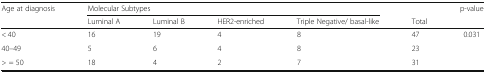
<table><thead><tr><td rowspan="2"><b>Age at diagnosis</b></td><td colspan="4"><b>Molecular Subtypes</b></td><td></td><td rowspan="2"><b>p-value</b></td></tr><tr><td><b>Luminal A</b></td><td><b>Luminal B</b></td><td><b>HER2-enriched</b></td><td><b>Triple Negative/ basal-like</b></td><td><b>Total</b></td></tr></thead><tbody><tr><td>&lt; 40</td><td>16</td><td>19</td><td>4</td><td>8</td><td>47</td><td rowspan="3">0.031</td></tr><tr><td>40–49</td><td>5</td><td>6</td><td>4</td><td>8</td><td>23</td></tr><tr><td>&gt; = 50</td><td>18</td><td>4</td><td>2</td><td>7</td><td>31</td></tr></tbody></table>